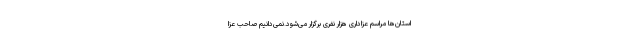
استان‌ها مراسم عزاداری هزار نفری برگزار می‌شود.نمی‌دانیم صاحب عزا